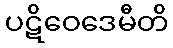
ပဋိဝေဒေမီတိ